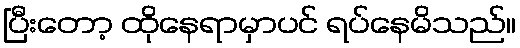
ပြီးတော့ ထိုနေရာမှာပင် ရပ်နေမိသည်။